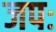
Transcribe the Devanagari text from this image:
जपः